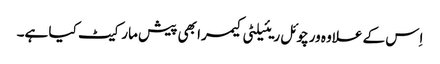
اِس کے علاوہ ورچوئل ریئیلٹی کیمرا بھی پیش مارکیٹ کیا ہے۔